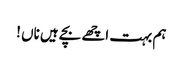
ہم بہت اچھے بچے ہیں ناں !